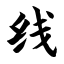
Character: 线